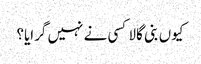
کیوں بنی گالا کسی نے نہیں گرایا؟